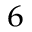
^ { 6 }